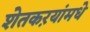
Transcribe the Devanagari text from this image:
शेतकऱयांमधे